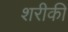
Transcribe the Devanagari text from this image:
शरीकी